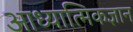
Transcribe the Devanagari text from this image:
आध्यात्मिकज्ञान